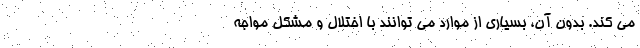
می کند. بدون آن، بسیاری از موارد می توانند با اختلال و مشکل مواجه